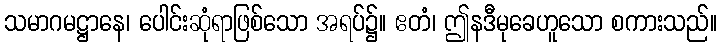
သမာဂမဋ္ဌာနေ၊ ပေါင်းဆုံရာဖြစ်သော အရပ်၌။ ဧတံ၊ ဤနဒီမုခေဟူသော စကားသည်။